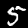
Digit: 5